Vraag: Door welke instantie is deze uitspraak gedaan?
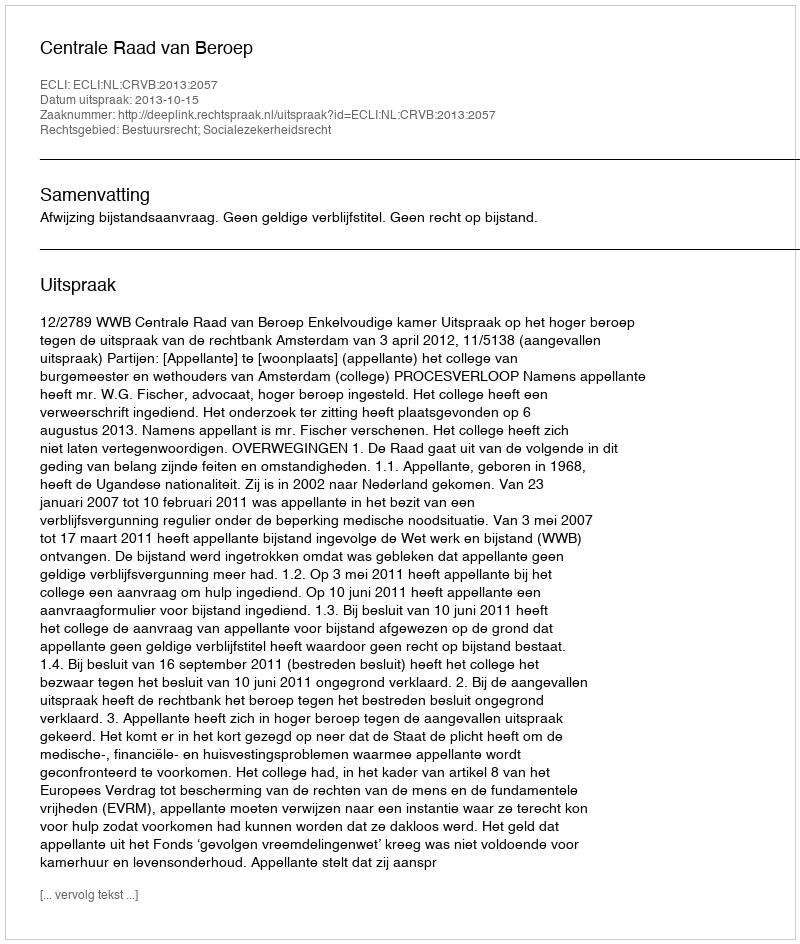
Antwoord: Centrale Raad van Beroep